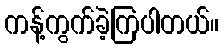
ကန့်ကွက်ခဲ့ကြပါတယ်။